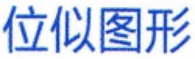
位似图形